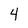
Character: 4